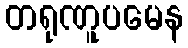
တရုဏူပမေန